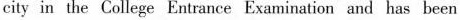
city in the College Entrance Examination and has been